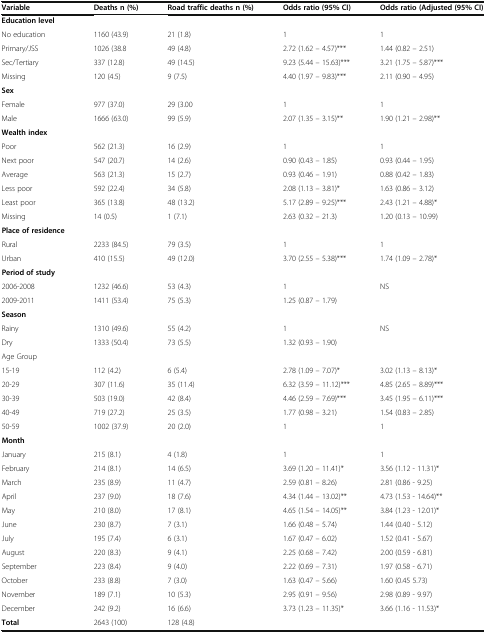
<table><thead><tr><td><b>Variable</b></td><td><b>Deaths n (%)</b></td><td><b>Road traffic deaths n (%)</b></td><td><b>Odds ratio (95% CI)</b></td><td><b>Odds ratio (Adjusted (95% CI)</b></td></tr></thead><tbody><tr><td><b>Education level</b></td><td></td><td></td><td></td><td></td></tr><tr><td>No education</td><td>1160 (43.9)</td><td>21 (1.8)</td><td>1</td><td>1</td></tr><tr><td>Primary/JSS</td><td>1026 (38.8</td><td>49 (4.8)</td><td>2.72 (1.62 – 4.57)***</td><td>1.44 (0.82 – 2.51)</td></tr><tr><td>Sec/Tertiary</td><td>337 (12.8)</td><td>49 (14.5)</td><td>9.23 (5.44 – 15.63)***</td><td>3.21 (1.75 – 5.87)***</td></tr><tr><td>Missing</td><td>120 (4.5)</td><td>9 (7.5)</td><td>4.40 (1.97 – 9.83)***</td><td>2.11 (0.90 – 4.95)</td></tr><tr><td><b>Sex</b></td><td></td><td></td><td></td><td></td></tr><tr><td>Female</td><td>977 (37.0)</td><td>29 (3.00</td><td>1</td><td>1</td></tr><tr><td>Male</td><td>1666 (63.0)</td><td>99 (5.9)</td><td>2.07 (1.35 – 3.15)**</td><td>1.90 (1.21 – 2.98)**</td></tr><tr><td><b>Wealth index</b></td><td></td><td></td><td></td><td></td></tr><tr><td>Poor</td><td>562 (21.3)</td><td>16 (2.9)</td><td>1</td><td>1</td></tr><tr><td>Next poor</td><td>547 (20.7)</td><td>14 (2.6)</td><td>0.90 (0.43 – 1.85)</td><td>0.93 (0.44 – 1.95)</td></tr><tr><td>Average</td><td>563 (21.3)</td><td>15 (2.7)</td><td>0.93 (0.46 – 1.91)</td><td>0.88 (0.42 – 1.83)</td></tr><tr><td>Less poor</td><td>592 (22.4)</td><td>34 (5.8)</td><td>2.08 (1.13 – 3.81)*</td><td>1.63 (0.86 – 3.12)</td></tr><tr><td>Least poor</td><td>365 (13.8)</td><td>48 (13.2)</td><td>5.17 (2.89 – 9.25)***</td><td>2.43 (1.21 – 4.88)*</td></tr><tr><td>Missing</td><td>14 (0.5)</td><td>1 (7.1)</td><td>2.63 (0.32 – 21.3)</td><td>1.20 (0.13 – 10.99)</td></tr><tr><td><b>Place of residence</b></td><td></td><td></td><td></td><td></td></tr><tr><td>Rural</td><td>2233 (84.5)</td><td>79 (3.5)</td><td>1</td><td>1</td></tr><tr><td>Urban</td><td>410 (15.5)</td><td>49 (12.0)</td><td>3.70 (2.55 – 5.38)***</td><td>1.74 (1.09 – 2.78)*</td></tr><tr><td><b>Period of study</b></td><td></td><td></td><td></td><td></td></tr><tr><td>2006-2008</td><td>1232 (46.6)</td><td>53 (4.3)</td><td>1</td><td>NS</td></tr><tr><td>2009-2011</td><td>1411 (53.4)</td><td>75 (5.3)</td><td>1.25 (0.87 – 1.79)</td><td></td></tr><tr><td><b>Season</b></td><td></td><td></td><td></td><td></td></tr><tr><td>Rainy</td><td>1310 (49.6)</td><td>55 (4.2)</td><td>1</td><td>NS</td></tr><tr><td>Dry</td><td>1333 (50.4)</td><td>73 (5.5)</td><td>1.32 (0.93 – 1.90)</td><td></td></tr><tr><td>Age Group</td><td></td><td></td><td></td><td></td></tr><tr><td>15-19</td><td>112 (4.2)</td><td>6 (5.4)</td><td>2.78 (1.09 – 7.07)*</td><td>3.02 (1.13 – 8.13)*</td></tr><tr><td>20-29</td><td>307 (11.6)</td><td>35 (11.4)</td><td>6.32 (3.59 – 11.12)***</td><td>4.85 (2.65 – 8.89)***</td></tr><tr><td>30-39</td><td>503 (19.0)</td><td>42 (8.4)</td><td>4.46 (2.59 – 7.69)***</td><td>3.45 (1.95 – 6.11)***</td></tr><tr><td>40-49</td><td>719 (27.2)</td><td>25 (3.5)</td><td>1.77 (0.98 – 3.21)</td><td>1.54 (0.83 – 2.85)</td></tr><tr><td>50-59</td><td>1002 (37.9)</td><td>20 (2.0)</td><td>1</td><td>1</td></tr><tr><td><b>Month</b></td><td></td><td></td><td></td><td></td></tr><tr><td>January</td><td>215 (8.1)</td><td>4 (1.8)</td><td>1</td><td>1</td></tr><tr><td>February</td><td>214 (8.1)</td><td>14 (6.5)</td><td>3.69 (1.20 – 11.41)*</td><td>3.56 (1.12 - 11.31)*</td></tr><tr><td>March</td><td>235 (8.9)</td><td>11 (4.7)</td><td>2.59 (0.81 – 8.26)</td><td>2.81 (0.86 - 9.25)</td></tr><tr><td>April</td><td>237 (9.0)</td><td>18 (7.6)</td><td>4.34 (1.44 – 13.02)**</td><td>4.73 (1.53 - 14.64)**</td></tr><tr><td>May</td><td>210 (8.0)</td><td>17 (8.1)</td><td>4.65 (1.54 – 14.05)**</td><td>3.84 (1.23 - 12.01)*</td></tr><tr><td>June</td><td>230 (8.7)</td><td>7 (3.1)</td><td>1.66 (0.48 – 5.74)</td><td>1.44 (0.40 - 5.12)</td></tr><tr><td>July</td><td>195 (7.4)</td><td>6 (3.1)</td><td>1.67 (0.47 – 6.02)</td><td>1.52 (0.41 - 5.67)</td></tr><tr><td>August</td><td>220 (8.3)</td><td>9 (4.1)</td><td>2.25 (0.68 – 7.42)</td><td>2.00 (0.59 - 6.81)</td></tr><tr><td>September</td><td>223 (8.4)</td><td>9 (4.0)</td><td>2.22 (0.69 – 7.31)</td><td>1.97 (0.58 - 6.71)</td></tr><tr><td>October</td><td>233 (8.8)</td><td>7 (3.0)</td><td>1.63 (0.47 – 5.66)</td><td>1.60 (0.45 5.73)</td></tr><tr><td>November</td><td>189 (7.1)</td><td>10 (5.3)</td><td>2.95 (0.91 – 9.56)</td><td>2.98 (0.89 - 9.97)</td></tr><tr><td>December</td><td>242 (9.2)</td><td>16 (6.6)</td><td>3.73 (1.23 – 11.35)*</td><td>3.66 (1.16 - 11.53)*</td></tr><tr><td><b>Total</b></td><td>2643 (100)</td><td>128 (4.8)</td><td></td><td></td></tr></tbody></table>